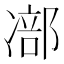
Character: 𠘁